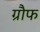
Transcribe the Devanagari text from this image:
ग्रौफ